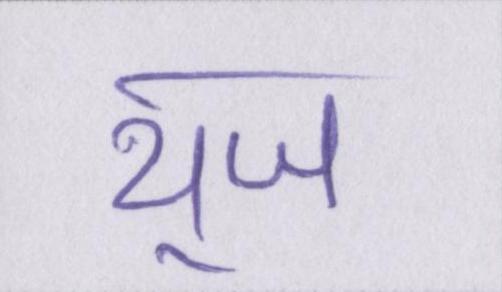
यूज